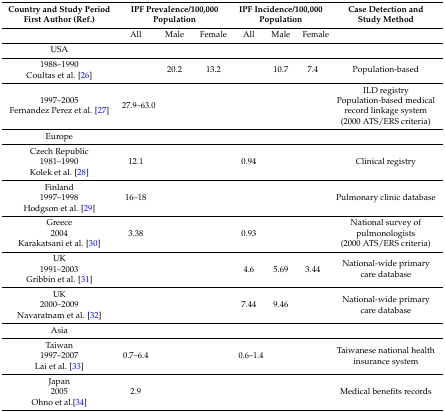
<table><thead><tr><td><b>Country and Study PeriodFirst Author (Ref.)</b></td><td colspan="3"><b>IPF Prevalence/100,000 Population</b></td><td colspan="3"><b>IPF Incidence/100,000 Population</b></td><td><b>Case Detection and Study Method</b></td></tr></thead><tbody><tr><td></td><td>All</td><td>Male</td><td>Female</td><td>All</td><td>Male</td><td>Female</td><td></td></tr><tr><td>USA</td><td></td><td></td><td></td><td></td><td></td><td></td><td></td></tr><tr><td>1988–1990Coultas et al. [26]</td><td></td><td>20.2</td><td>13.2</td><td></td><td>10.7</td><td>7.4</td><td>Population-based</td></tr><tr><td>1997–2005Fernandez Perez et al. [27]</td><td>27.9–63.0</td><td></td><td></td><td colspan="3"></td><td>ILD registryPopulation-based medical record linkage system (2000 ATS/ERS criteria)</td></tr><tr><td>Europe</td><td></td><td></td><td></td><td></td><td colspan="2"></td><td></td></tr><tr><td>Czech Republic1981–1990Kolek et al. [28]</td><td>12.1</td><td></td><td></td><td>0.94</td><td colspan="2"></td><td>Clinical registry</td></tr><tr><td>Finland1997–1998Hodgson et al. [29]</td><td>16–18</td><td></td><td></td><td colspan="3"></td><td>Pulmonary clinic database</td></tr><tr><td>Greece2004Karakatsani et al. [30]</td><td>3.38</td><td></td><td></td><td>0.93</td><td colspan="2"></td><td>National survey of pulmonologists (2000 ATS/ERS criteria)</td></tr><tr><td>UK1991–2003Gribbin et al. [31]</td><td></td><td></td><td></td><td>4.6</td><td>5.69</td><td>3.44</td><td>National-wide primary care database</td></tr><tr><td>UK2000–2009Navaratnam et al. [32]</td><td></td><td></td><td></td><td>7.44</td><td>9.46</td><td></td><td>National-wide primary care database</td></tr><tr><td>Asia</td><td></td><td></td><td></td><td></td><td colspan="2"></td><td></td></tr><tr><td>Taiwan1997–2007Lai et al. [33]</td><td>0.7–6.4</td><td></td><td></td><td>0.6–1.4</td><td colspan="2"></td><td>Taiwanese national health insurance system</td></tr><tr><td>Japan2005Ohno et al.[34]</td><td>2.9</td><td></td><td></td><td colspan="3"></td><td>Medical benefits records</td></tr></tbody></table>